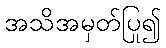
အသိအမှတ်ပြု၍